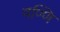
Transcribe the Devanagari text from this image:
वण्णि